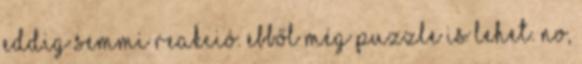
eddig semmi reakció. Ebből még puzzle is lehet. No,